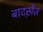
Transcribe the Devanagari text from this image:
बादख़ेज़